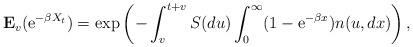
LaTeX: \begin{align*}{\bf E}_v({\rm e}^{-\beta X_t})=\exp \left( -\int_v^{t+v}S(du)\int_0^{\infty}(1-{\rm e}^{-\beta x}) n(u,dx)\right),\end{align*}